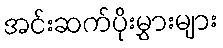
အင်းဆက်ပိုးမွှားများ